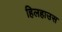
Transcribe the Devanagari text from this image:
हिलहाउस